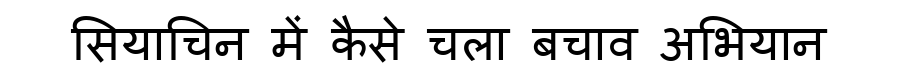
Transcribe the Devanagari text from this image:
सियाचिन में कैसे चला बचाव अभियान